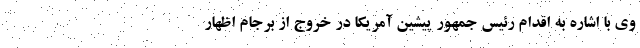
وی با اشاره به اقدام رئیس جمهور پیشین آمریکا در خروج از برجام اظهار